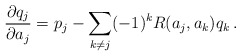
\begin{align*}{\partial q_j\over \partial a_j} = p_j - \sum_{k\neq j} (-1)^kR(a_j,a_k) q_k \, .\end{align*}